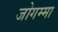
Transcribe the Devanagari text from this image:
जोगम्मा